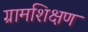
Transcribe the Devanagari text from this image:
ग्रामशिक्षण